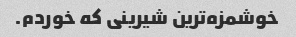
خوشمزه‌ترین شیرینی که خوردم.